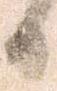
日